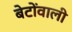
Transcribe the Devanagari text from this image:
बेटोंवाली